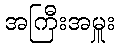
အကြီးအမှူး